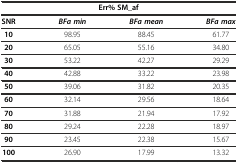
| <COLSPAN=4> Err% SM_af |
 | SNR | BFa min | BFa mean | BFa max |
 | --- | --- | --- | --- |
 | 10 | 98.95 | 88.45 | 61.77 |
 | 20 | 65.05 | 55.16 | 34.80 |
 | 30 | 53.22 | 42.27 | 29.29 |
 | 40 | 42.88 | 33.22 | 23.98 |
 | 50 | 39.06 | 31.82 | 20.35 |
 | 60 | 32.14 | 29.56 | 18.64 |
 | 70 | 31.88 | 21.94 | 17.92 |
 | 80 | 29.24 | 22.28 | 18.97 |
 | 90 | 23.45 | 22.38 | 15.67 |
 | 100 | 26.90 | 17.99 | 13.32 |